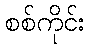
စစ်ကိုင်း